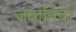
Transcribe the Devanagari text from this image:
जवानियां